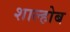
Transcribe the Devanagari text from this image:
शाल्होब